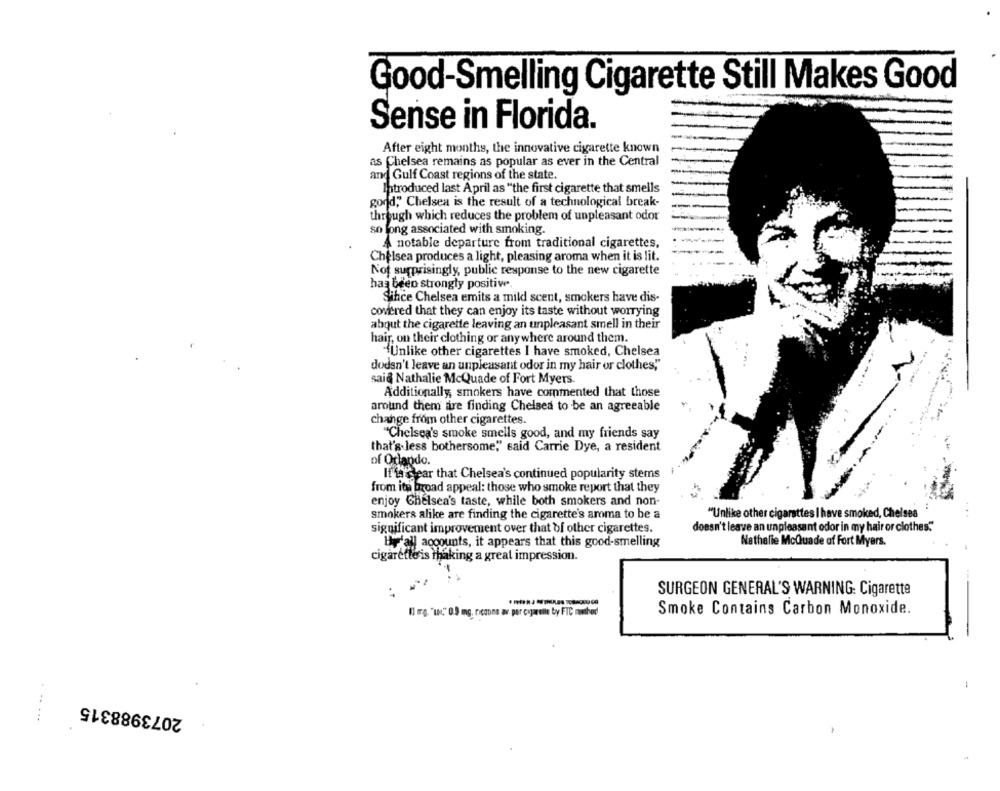
Good-Smelling Cigarette Still Makes Good
Sense in Florida.
After eight months, the innovative cigarette known
as Chelsea remains as popular as ever in the Central
and Gulf Coast regions of the state.
Introduced last April as "the first cigarette that smells
gond," Chelsea is the result of a technological break-
through which reduces the problem of unpleasant odor
so long associated with smoking.
A notable departure from traditional cigarettes,
Chelsea produces a light, pleasing aroma when it is lit.
Not surprisingly, public response to the new cigarette
has been strongly positive.
Since Chelsea emits a mild scent, smokers have dis-
covered that they can enjoy its taste without worrying
about the cigarette leaving an unpleasant smell in their
hair, on their clothing or anywhere around them.
"Unlike other cigarettes I have smoked, Chelsea
dodsn't leave an unpleasant odor in my hair or clothes,"
saia Nathalie McQuade of Fort Myers.
Additionally, smokers have commented that those
around them are finding Chelsea to be an agreeable
change from other cigarettes.
"Chelsea's smoke smells good, and my friends say
that's less bothersome," said Carrie Dye, a resident
of Orlando.
It is clear that Chelsea's continued popularity stems
from itp broad appeal: those who smoke report that they
enjoy Chelsea's taste, while both smokers and non-
smokers alike are finding the cigarette's aroma to be a
"Unlike other cigarettes I have smoked, Chelsea
significant improvement over that bf other cigarettes.
doesn't leave an unpleasant odor in my hair or clothes."
Hy'all accounts, it appears that this good-smelling
Nathalie McQuade of Fort Myers.
cigarette is taking a great impression.
SURGEON GENERAL'S WARNING: Cigarette
Il mg. "w" 0.5 mg, ricaone av, por cigarette by FTC method!
Smoke Contains Carbon Monoxide.
2073988315